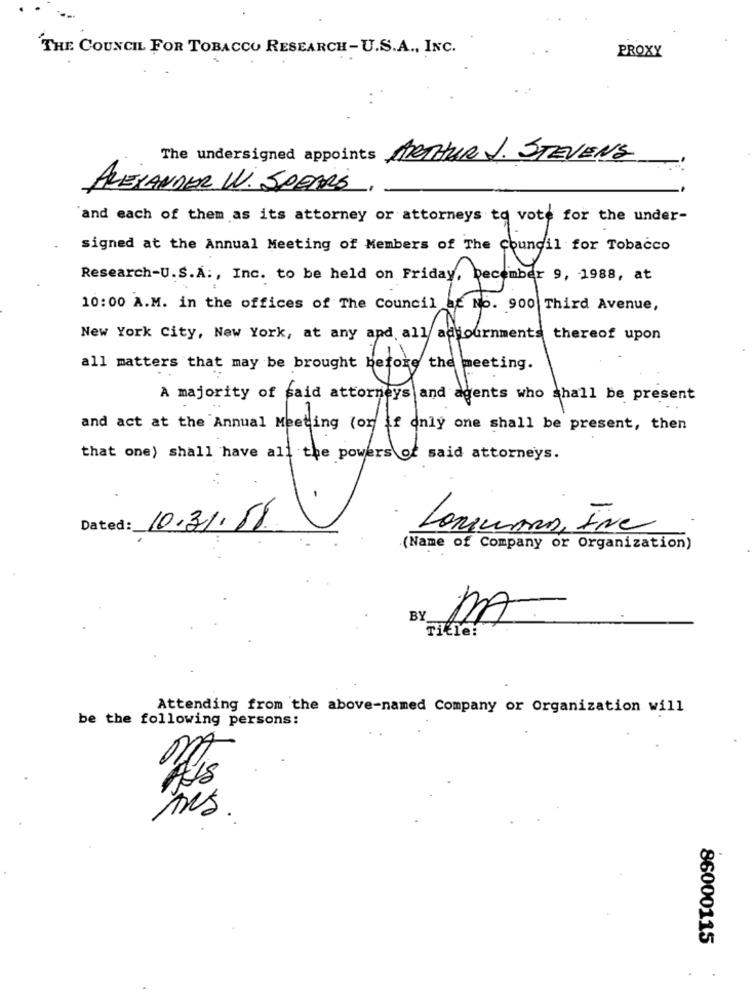
THE COUNCIL FOR TOBACCO RESEARCH-U.S.A ., INC.
PROXY
The undersigned appoints ARTHUR J. STEVENS
ALEXANDER W. SPEARS
and each of them as its attorney or attorneys to vote for the under-
signed at the Annual Meeting of Members of The Council for Tobacco
Research-U.S.A ., Inc. to be held on Friday, December 9, 1988, at
10:00 A.M. in the offices of The Council at No. 900 Third Avenue,
New York City, New York, at any and all adjournments thereof upon
all matters that may be brought before the meeting.
A majority of said attorneys and agents who shall be present
and act at the Annual Meeting (or if only one shall be present, then
that one) shall have all the powers of said attorneys.
Dated: 10.31.58
LongWARD, INC
(Name of Company or Organization)
BY
MA
Title:
Attending from the above-named Company or Organization will
be the following persons:
Mrs.
86000115